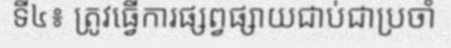
ទី៤៖ ត្រូវធ្វើការផ្សព្វផ្សាយជាប់ជាប្រចាំ